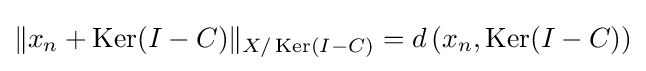
{\textstyle \|x_{n}+\operatorname {Ker} (I-C)\|_{X/\operatorname {Ker} (I-C)}=d\left(x_{n},\operatorname {Ker} (I-C)\right)}